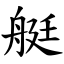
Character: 艇